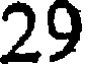
29